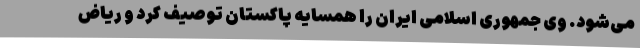
می‌شود. وی جمهوری اسلامی ایران را همسایه پاکستان توصیف کرد و ریاض